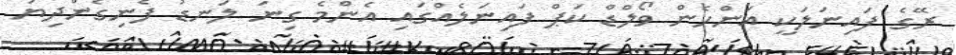
ރޭގެ ފައިނަލަކީ އަންހެން ވޯލްޑް ކަޕް ފައިނަލެއްގައި އެންމެ ގިނަ ލަނޑު ފެނިގެންދިޔަ